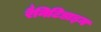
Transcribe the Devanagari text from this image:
रैनिटिडाइन